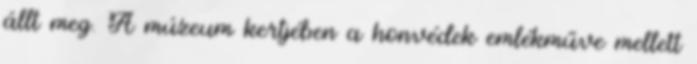
állt meg. A múzeum kertjében a honvédek emlékműve mellett